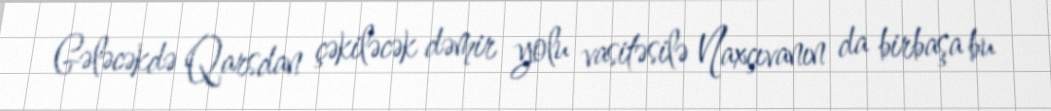
Gələcəkdə Qarsdan çəkiləcək dəmir yolu vasitəsilə Naxçıvanın da birbaşa bu